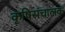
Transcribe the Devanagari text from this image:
कृषिसंचालक